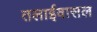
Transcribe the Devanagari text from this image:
तलाईवासल